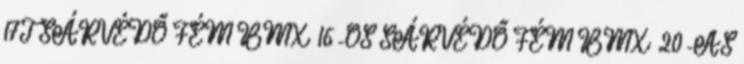
17T SÁRVÉDŐ FÉM BMX 16-OS SÁRVÉDŐ FÉM BMX 20-AS